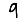
Digit: 9